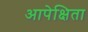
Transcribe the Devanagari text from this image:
आपेक्षिता